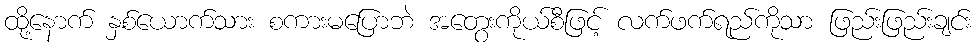
ထို့နောက် နှစ်ယောက်သား စကားမပြောဘဲ အတွေးကိုယ်စီဖြင့် လက်ဖက်ရည်ကိုသာ ဖြည်းဖြည်းချင်း